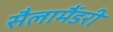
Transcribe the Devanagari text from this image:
सैलामैंडरी